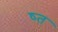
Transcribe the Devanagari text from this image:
ष्त